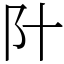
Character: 䦹